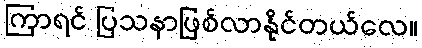
ကြာရင် ပြသနာဖြစ်လာနိုင်တယ်လေ။